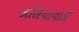
કાલિયાવાડી